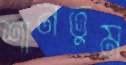
শানতুম